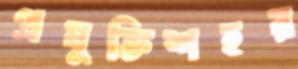
প্রযুক্তিশহর